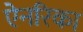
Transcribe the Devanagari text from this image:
ऐनरिका